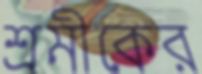
শ্রমীকের